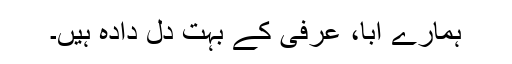
ہمارے ابا، عرفی کے بہت دل دادہ ہیں۔